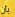
بأن